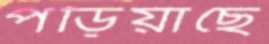
পড়িয়াছে